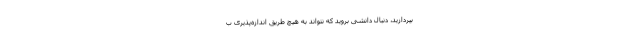
بپردازید، دنبال دانشی بروید که نتواند به هیچ طریقِ اندازه‌پذیری ب